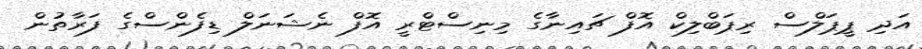
އަދި ޕީޕަލްސް ރިޕަބްލިކް އޮފް ޗައިނާގެ މިނިސްޓްރީ އޮފް ނެޝަނަލް ޑިފެންސްގެ ފަރާތުން